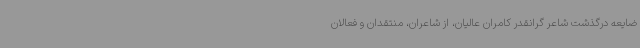
ضایعه درگذشت شاعر گرانقدر کامران عالیان، از شاعران، منتقدان و فعالان